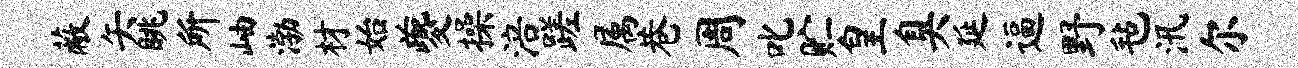
蔽矢眺所岫渤材始夔操涪蹉属巷周叱贮皇臭延逼野毡汛尔